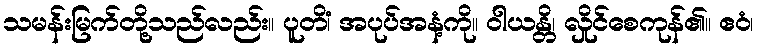
သမန်းမြက်တို့သည်လည်း။ ပူတိံ၊ အပုပ်အနံ့ကို။ ဝါယန္တိ၊ လှိုင်စေကုန်၏။ ဧဝံ၊